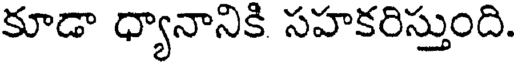
కూడా ధ్యానానికి సహకరిస్తుంది.